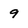
Character: 9